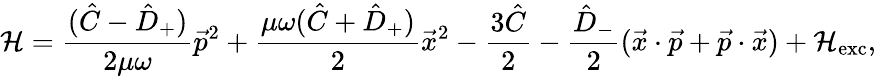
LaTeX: {\cal H}={\frac{(\hat{C}-\hat{D}_{+})}{2\mu\omega}}\vec{p}^{2}+{\frac{\mu\omega(\hat{C}+\hat{D}_{+})}{2}}\vec{x}^{2}-{\frac{3\hat{C}}{2}}-{\frac{\hat{D}_{-}}{2}}(\vec{x}\cdot\vec{p}+\vec{p}\cdot\vec{x})+{\cal H}_{\mathrm{exc}},